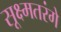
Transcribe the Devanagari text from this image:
सूक्ष्मतरंगे